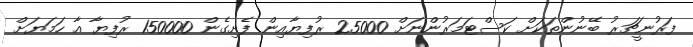
ފަރުނީޗަރު ބޭނުންތަކަށް ކަސްޓަމަރުންނަށް 25000 ރުފިޔާއިން ފެށިގެން 150000 ރުފިޔާ އާ ހަމަޔަށް